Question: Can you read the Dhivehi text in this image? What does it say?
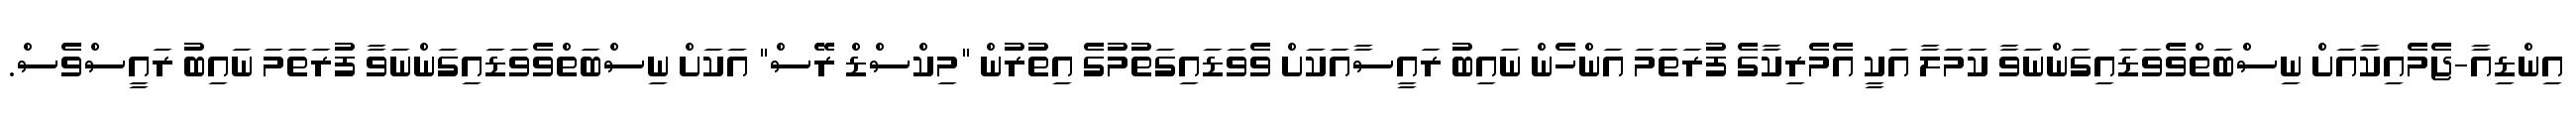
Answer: އިންޑިއާ-ޖެމެއިކާއަށް ނިސްބަތްވެވަޑައިގަންނަވާ ކަމަލާ އަކީ އެމެރިކާގެ ފުރަތަމަ އަންހެން ނައިބު ރައީސާއަކަށް ވެވަޑައިގަތުމުގެ އިތުރުން "މިކްސްޑް ރޭސް" އަކަށް ނިސްބަތްވެވަޑައިގަންނަވާ ފުރަތަމަ ނައިބު ރައީސްވެސް.